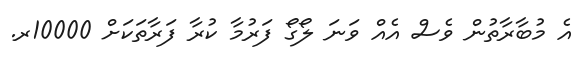
އެ މުބާރާތުން ވެސް އެއް ވަނަ ލޯޯގޯ ފަރުމާ ކުރާ ފަރާތަކަށް 10000ރ.